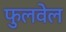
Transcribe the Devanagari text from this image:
फुलवेल